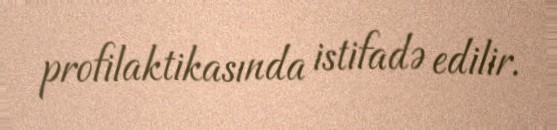
profilaktikasında istifadə edilir.